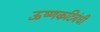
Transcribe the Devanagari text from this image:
ऊष्णकटिबंधी